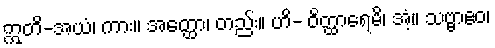
ဣတိ-အယံ၊ ကား။ အတ္ထော၊ တည်း။ ဟိ- ဝိတ္ထာရေမိ၊ အံ့။ သဗ္ဗာဧဝ၊